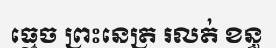
ធ្មេច ព្រះនេត្រ រលត់ ខន្ធ